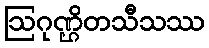
ဩဂုဏ္ဌိတသီသဿ